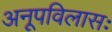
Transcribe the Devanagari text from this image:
अनूपविलासः